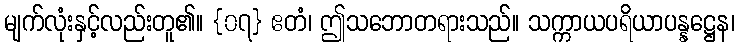
မျက်လုံးနှင့်လည်းတူ၏။ {၀၇} ဧတံ၊ ဤသဘောတရားသည်။ သက္ကာယပရိယာပန္နဋ္ဌေန၊